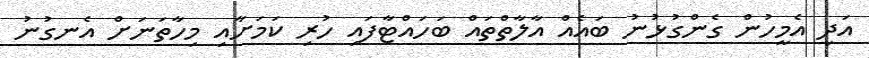
އަދި އެމީހުން ގެންގުޅުނު ބައެއް އާލާތްތައް ބަހައްޓާފައި ހުރި ކަމަށާއި މިހާތަނަށް އެނގުނު